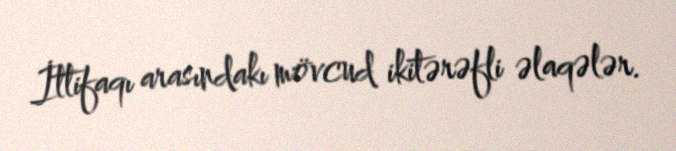
İttifaqı arasındakı mövcud ikitərəfli əlaqələr.